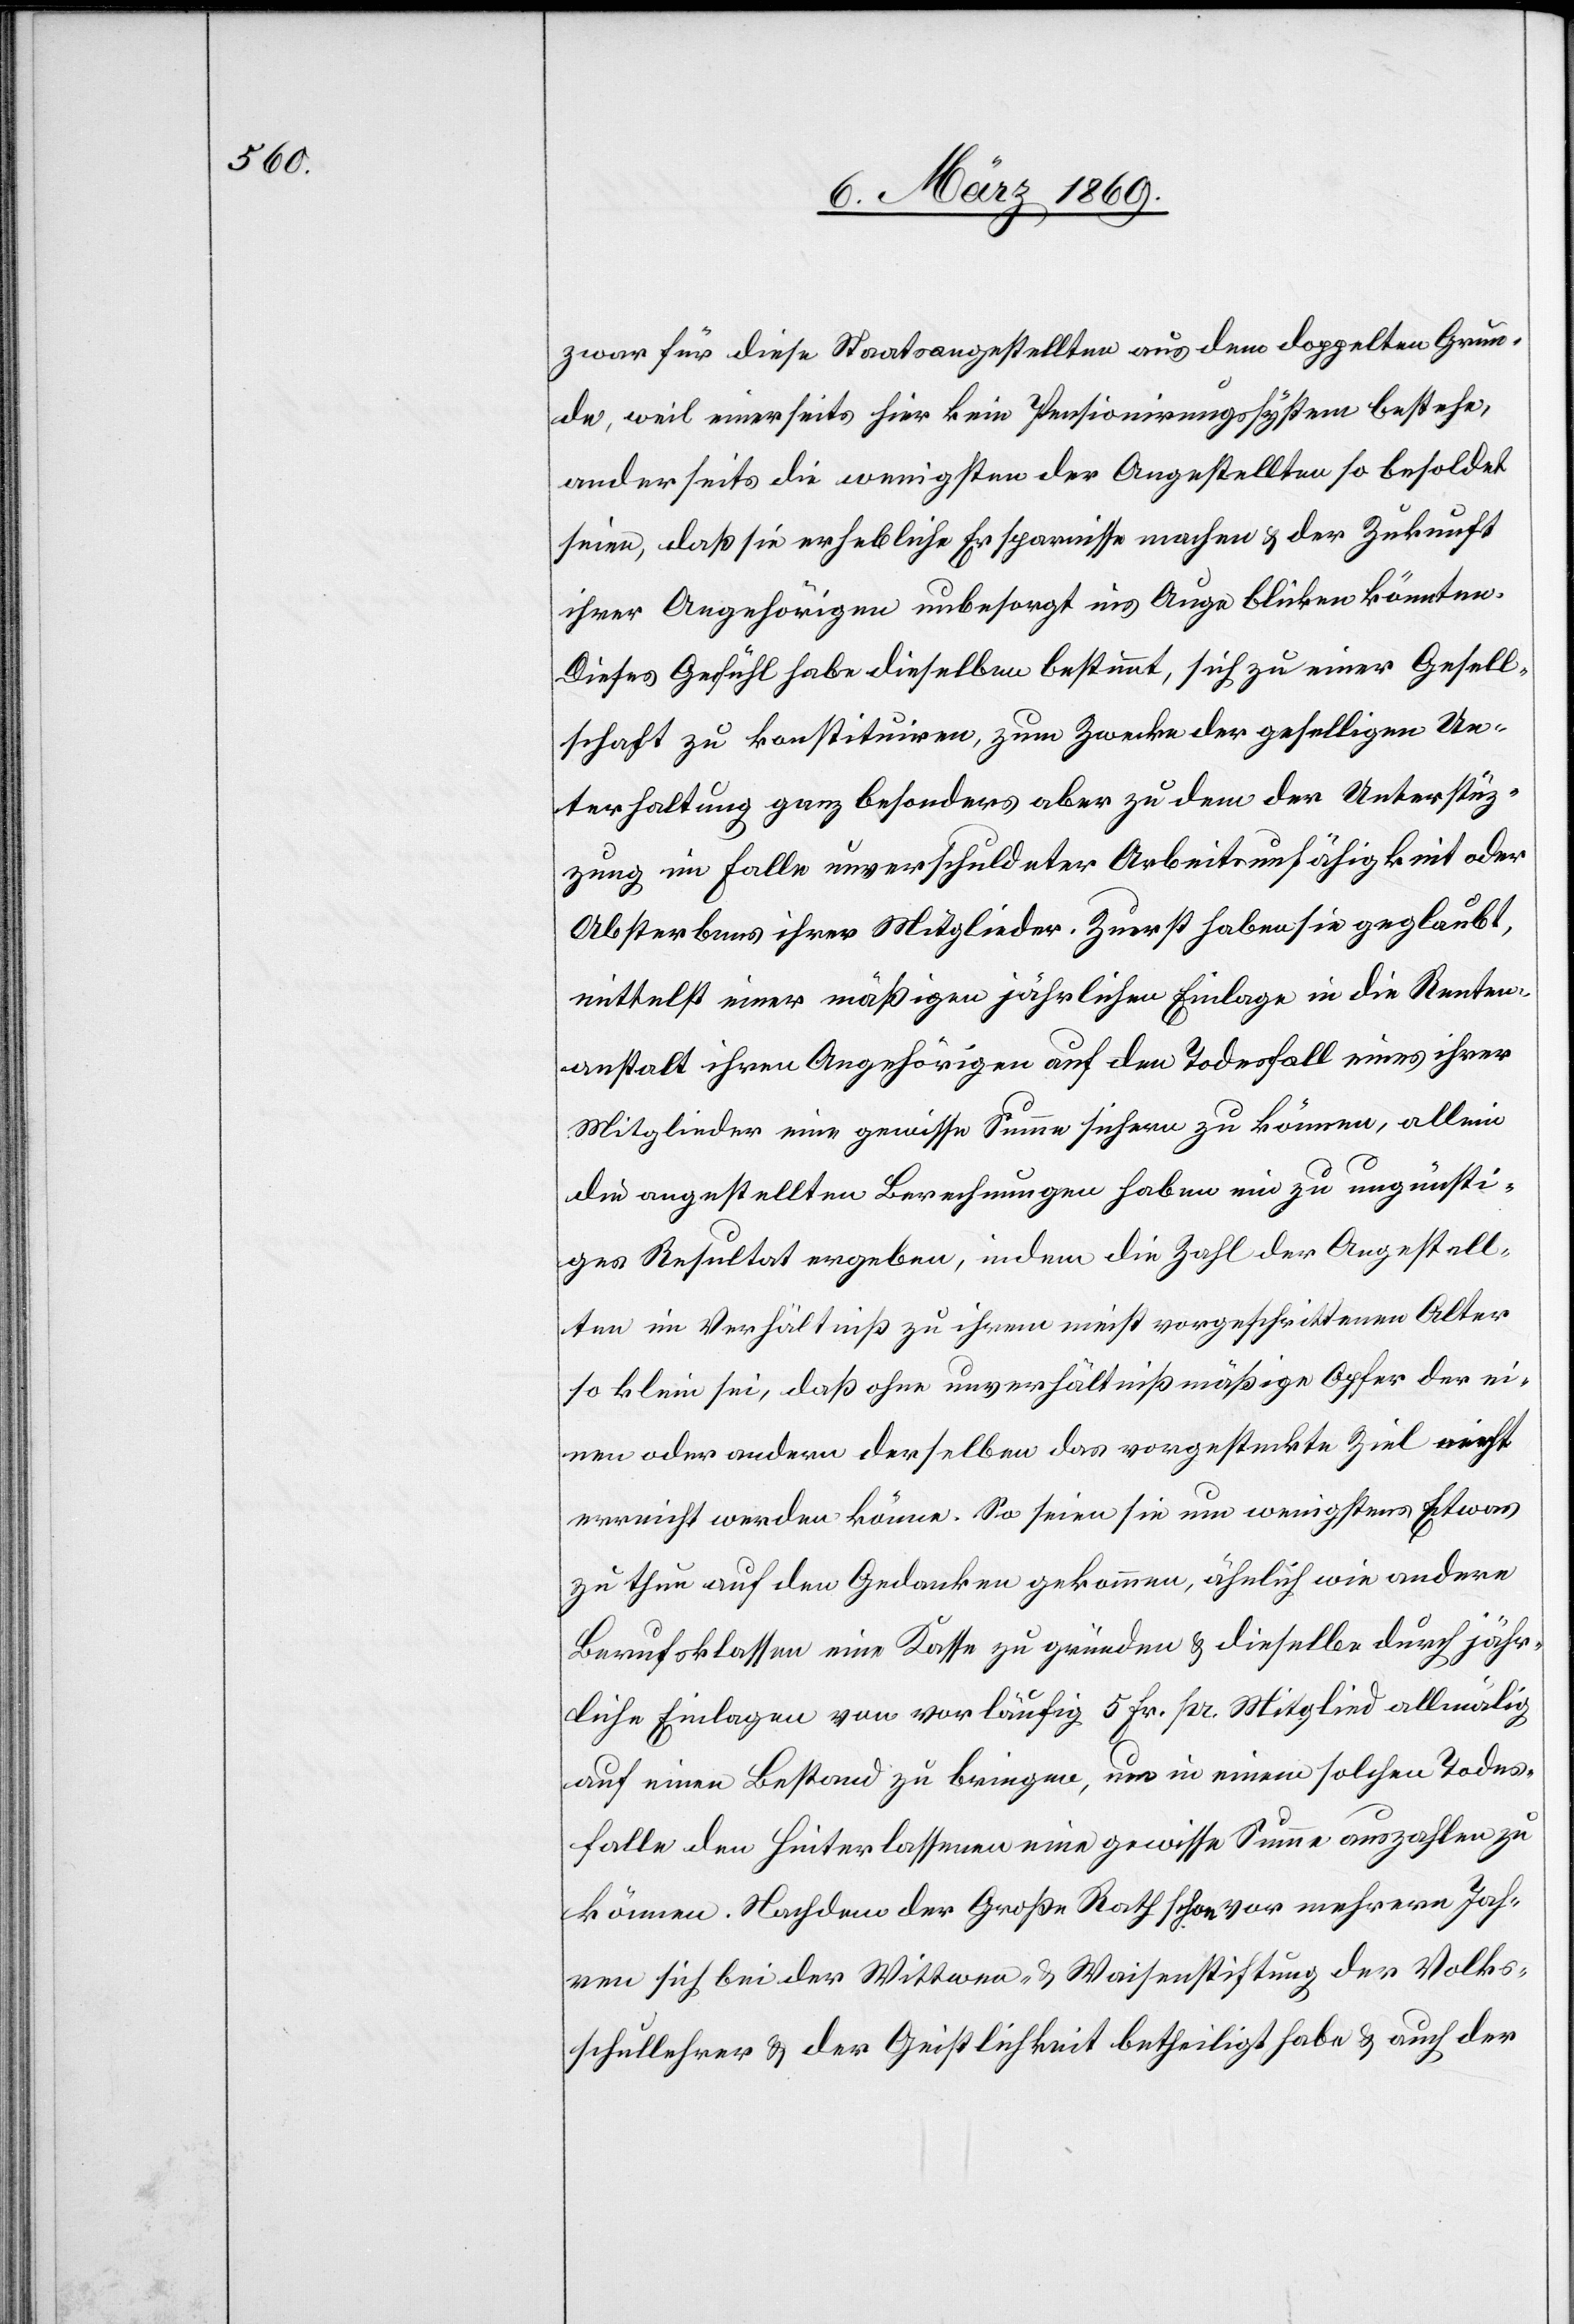
zwar für diese Staatsangestellten aus dem doppelten Grun¬
de, weil einerseits hier kein Pensionirungssystem bestehe,
anderseits die wenigsten der Angestellten so besoldet
seien, daß sie erhebliche Ersparnisse machen & der Zukunft
ihrer Angehörigen unbesorgt ins Auge blicken könnten.
Dieses Gefühl habe dieselben bestimmt, sich zu einer Gesell¬
schaft zu konstituiren, zum Zwecke der geselligen Un¬
terhaltung ganz besonders aber zu dem der Unterstüt¬
zung im Falle unverschuldeter Arbeitsunfähigkeit oder
Absterbens ihrer Mitglieder. Zuerst haben sie geglaubt,
mittelst einer mäßigen jährlichen Einlage in die Renten¬
anstalt ihren Angehörigen auf den Todesfall eines ihrer
Mitglieder eine gewisse Summe sichern zu können, allein
die angestellten Berechnungen haben ein zu ungünsti¬
ges Resultat ergeben, indem die Zahl der Angestell¬
ten im Verhältniß zu ihrem meist vorgeschrittenen Alter
so klein sei, daß ohne unverhältnißmäßige Opfer der ei¬
nen oder andern derselben das vorgesteckte Ziel nicht
erreicht werden könne. So seien sie um wenigstens Etwas
zu thun auf den Gedanken gekommen, ähnlich wie andere
Berufsklassen eine Kasse zu gründen & dieselbe durch jähr¬
liche Einlagen von vorläufig 5 Fr. pr. Mitglied allmälig
auf einen Bestand zu bringen, um in einem solchen Todes¬
falle den Hinterlassenen ein gewisse Summe auszahlen zu
können. Nachdem der Große Rath schon vor mehrern Jah¬
ren sich bei der Wittwen- & Waisenstiftung der Volks¬
schullehrer & der Geistlichkeit betheiligt habe & auch der